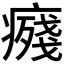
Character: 𭼨